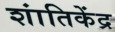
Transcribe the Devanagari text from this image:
शांतिकेंद्र